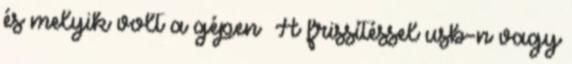
és melyik volt a gépen A frissítéssel usb-n vagy